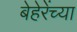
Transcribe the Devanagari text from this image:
बेहेरेंच्या